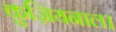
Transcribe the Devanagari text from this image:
कुज़ियनाल।